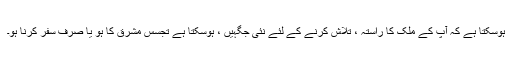
ہوسکتا ہے کہ آپ کے ملک کا راستہ ، تلاش کرنے کے لئے نئی جگہیں ، ہوسکتا ہے تجسس مشرق کا ہو یا صرف سفر کرنا ہو۔